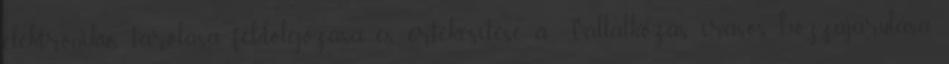
elektronikus tárolása, feldolgozása és értékesítése a Vállalkozás írásos hozzájárulása